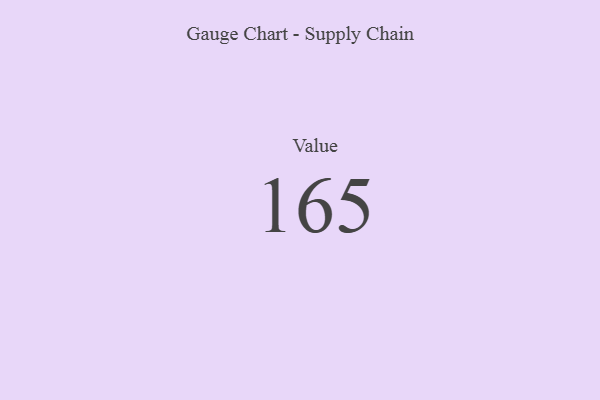
{"axis": {"x": "Metric", "y": "Value"}, "legend": [""], "data": [{"x": "Value", "y": 165, "type": ""}]}